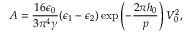
\small A = \frac { 1 6 \epsilon _ { 0 } } { 3 \pi ^ { 4 } \gamma } ( \epsilon _ { 1 } - \epsilon _ { 2 } ) \exp \left( - \frac { 2 \pi h _ { 0 } } { p } \right) V _ { 0 } ^ { 2 } ,